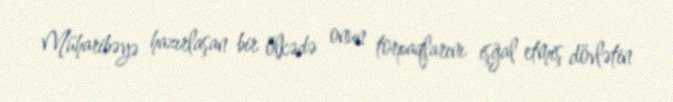
Müharibəyə hazırlaşan bir ölkədə onun torpaqlarını işğal etmiş dövlətin